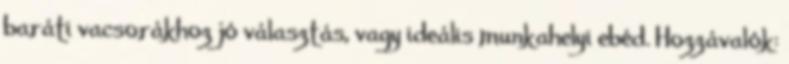
baráti vacsorákhoz jó választás, vagy ideális munkahelyi ebéd. Hozzávalók: